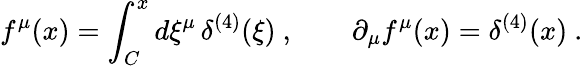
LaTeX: f^{\mu}(x)=\int_{C}^{x}d\xi^{\mu}\, \delta^{(4)}(\xi)\ ,\qquad\partial_{\mu}f^{\mu}(x)=\delta^{(4)}(x)\ .